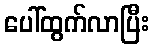
ပေါ်ထွက်လာပြီး